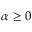
\alpha \geq 0